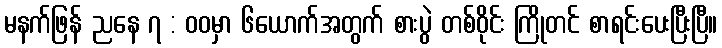
မနက်ဖြန် ညနေ ၇ : ဝဝမှာ ၆ယောက်အတွက် စားပွဲ တစ်ဝိုင်း ကြိုတင် စာရင်းပေးပြီးပြီ။